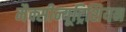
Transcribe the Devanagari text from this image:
मैक्सीन्यूट्रिशियन